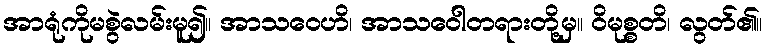
အာရုံကိုမစွဲလမ်းမူ၍။ အာသဝေဟိ၊ အာသဝေါတရားတို့မှ။ ဝိမုစ္စတိ၊ လွတ်၏။